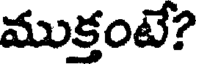
ముక్తంటే?